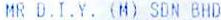
MR D.I.Y. (M) SDN BHD